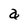
Character: a